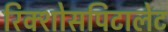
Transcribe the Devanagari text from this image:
रिक्शोसपिटालेट